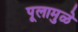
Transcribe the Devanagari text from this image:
पूलामुळे